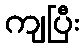
ကျပြီး